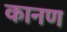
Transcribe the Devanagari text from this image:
कानण